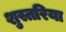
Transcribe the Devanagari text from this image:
शुस्तरिया